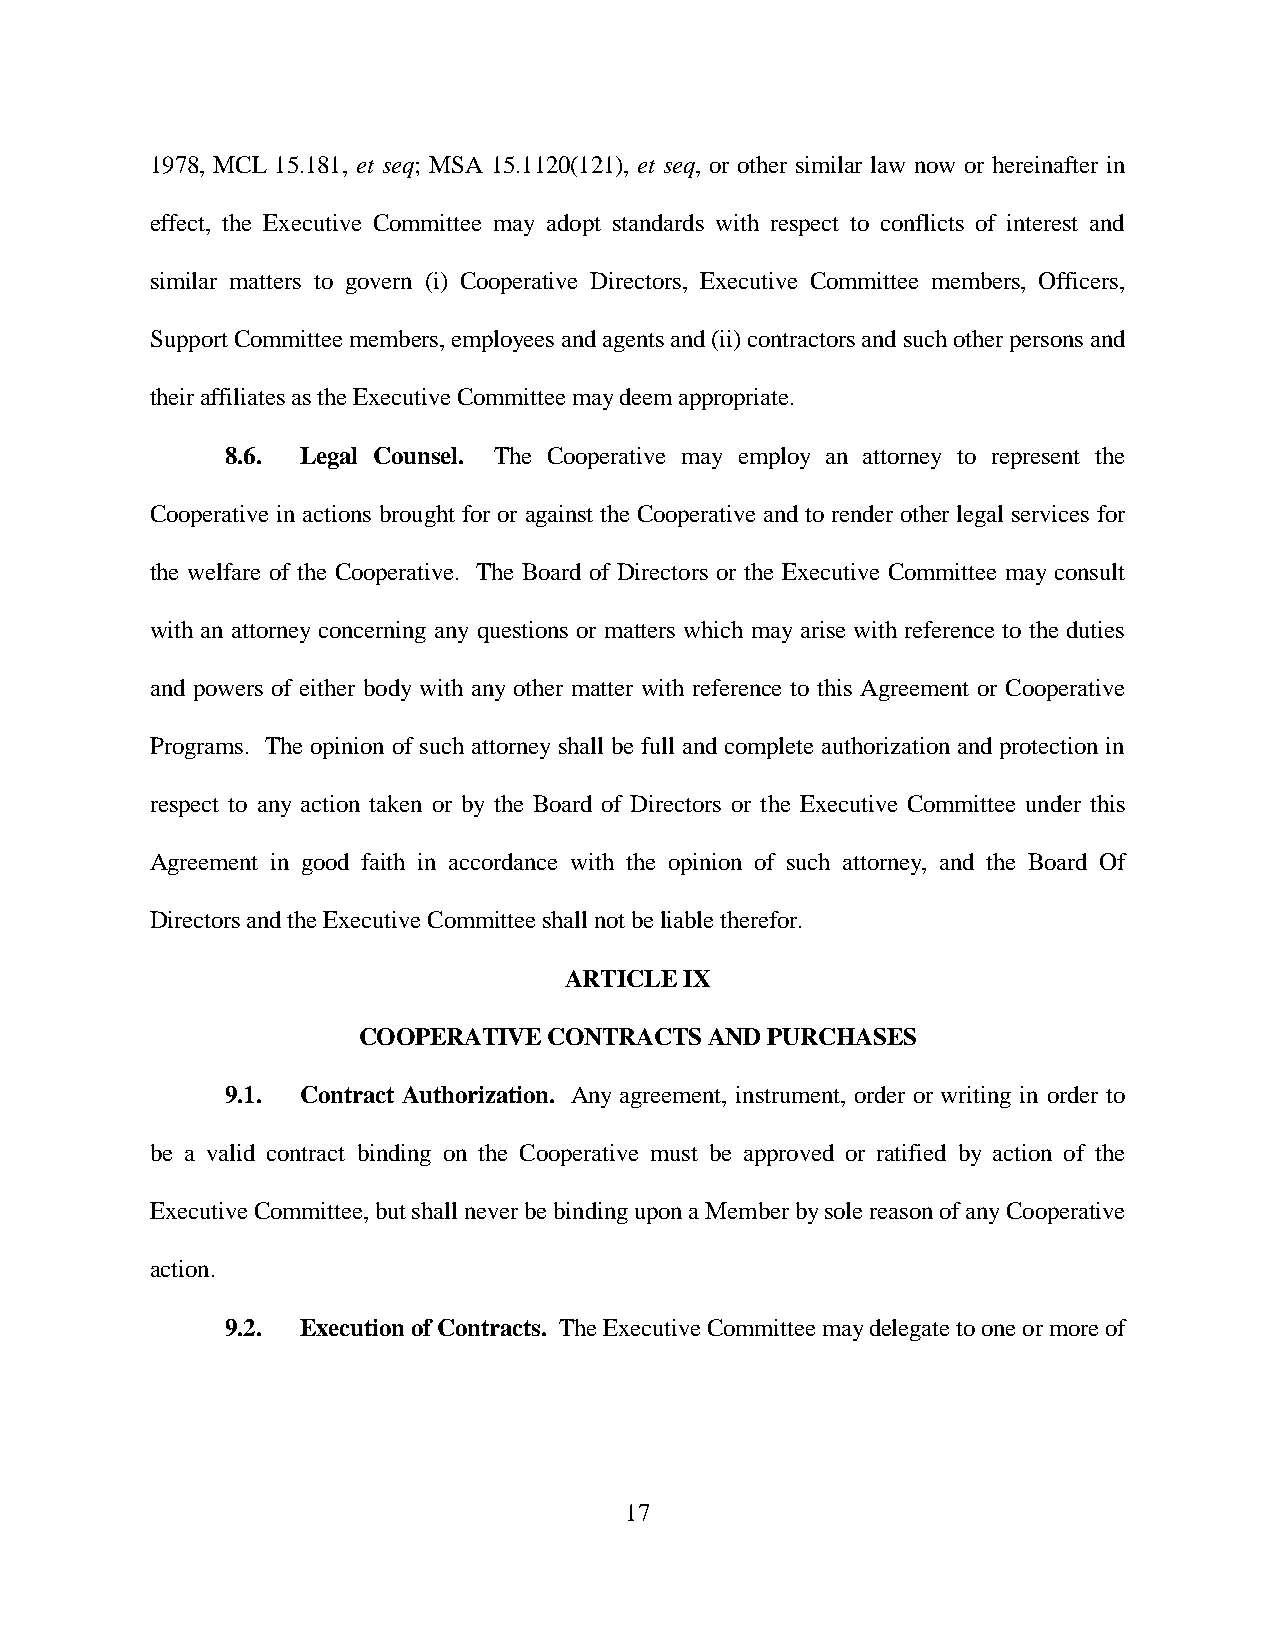
1978, MCL 15.181, et seq; MSA 15.1120(121), et seq, or other similar law now or hereinafter in
 effect, the Executive Committee may adopt standards with respect to conflicts of interest and
 similar matters to govern (i) Cooperative Directors, Executive Committee members, Officers,
 Support Committee members, employees and agents and (ii) contractors and such other persons and
 their affiliates as the Executive Committee may deem appropriate.
 8.6. Legal Counsel. The Cooperative may employ an attorney to represent the
 Cooperative in actions brought for or against the Cooperative and to render other legal services for
 the welfare of the Cooperative. The Board of Directors or the Executive Committee may consult
 with an attorney concerning any questions or matters which may arise with reference to the duties
 and powers of either body with any other matter with reference to this Agreement or Cooperative
 Programs. The opinion of such attorney shall be full and complete authorization and protection in
 respect to any action taken or by the Board of Directors or the Executive Committee under this
 Agreement in good faith in accordance with the opinion of such attorney, and the Board Of
 Directors and the Executive Committee shall not be liable therefor.
 ARTICLE IX
 COOPERATIVE CONTRACTS  AND PURCHASES
 9.1. Contract Authorization. Any agreement, instrument, order or writing in order to
 be a valid contract binding on the Cooperative must be approved or ratified by action of the
 Executive Committee, but shall never be binding upon a Member by sole reason of any Cooperative
 action.
 9.2. Execution of Contracts. The Executive Committee may delegate to one or more of
 17